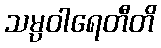
သမ္ပဝါရေတီတိ